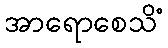
အာရောစေသိံ